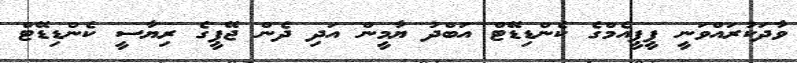
ވާދަކުރައްވަނީ ޕީޕީއެމްގެ ކެންޑިޑޭޓް އަބްދު ޔާމީން އަދި ދެން ޖޭޕީގެ ރިޔާސީ ކެންޑިޑޭޓް